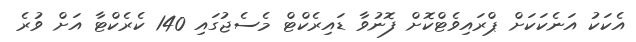
އެކަކު އަނެކަކަށް ޕްރައިވެޓްކޮށް ފޮނުވާ ޑައިރެކްޓް މެސެޖުގައި 140 ކެރެކްޓާ އަށް ވުރެ